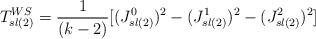
LaTeX: \begin{align*}T_{sl(2)}^{WS}={1\over(k-2)}[(J_{sl(2)}^0)^{2}-(J_{sl(2)}^{1})^{2}-(J_{sl(2)}^{2})^{2}]\end{align*}